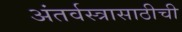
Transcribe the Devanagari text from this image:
अंतर्वस्त्रासाठीची